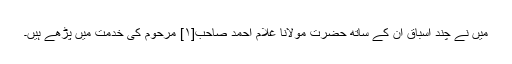
میں نے چند اسباق اُن کے ساتھ حضرت مولانا غلام احمد صاحب[۱] مرحوم کی خدمت میں پڑھے ہیں۔